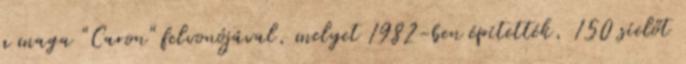
a maga "Caron" felvonójával, melyet 1982-ben építették, 150 síelőt